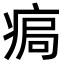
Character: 𤶹